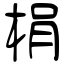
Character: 梋